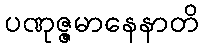
ပဏုဇ္ဇမာနေနာတိ